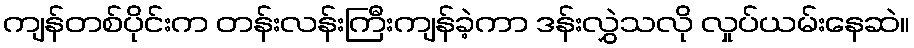
ကျန်တစ်ပိုင်းက တန်းလန်းကြီးကျန်ခဲ့ကာ ဒန်းလွှဲသလို လှုပ်ယမ်းနေဆဲ။